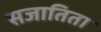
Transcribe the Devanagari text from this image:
सजातिता